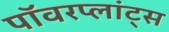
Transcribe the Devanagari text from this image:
पॉवरप्लांट्स